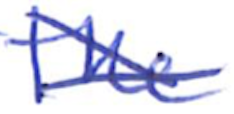
Text: the
Cross-out: cross
Writing tool: ballpoint